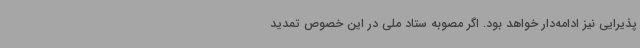
پذیرایی نیز ادامه‌دار خواهد بود. اگر مصوبه ستاد ملی در این خصوص تمدید